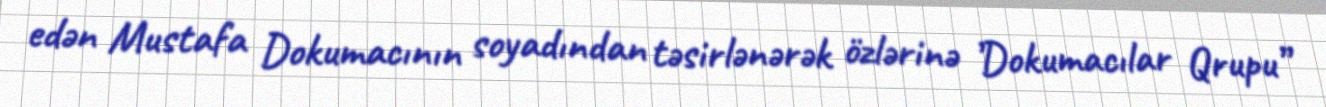
edən Mustafa Dokumacının soyadından təsirlənərək özlərinə ’Dokumacılar Qrupu”